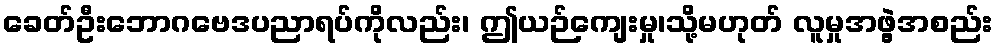
ခေတ်ဦးဘောဂဗေဒပညာရပ်ကိုလည်း၊ ဤယဉ်ကျေးမှု၊သို့မဟုတ် လူမှုအဖွဲ့အစည်း